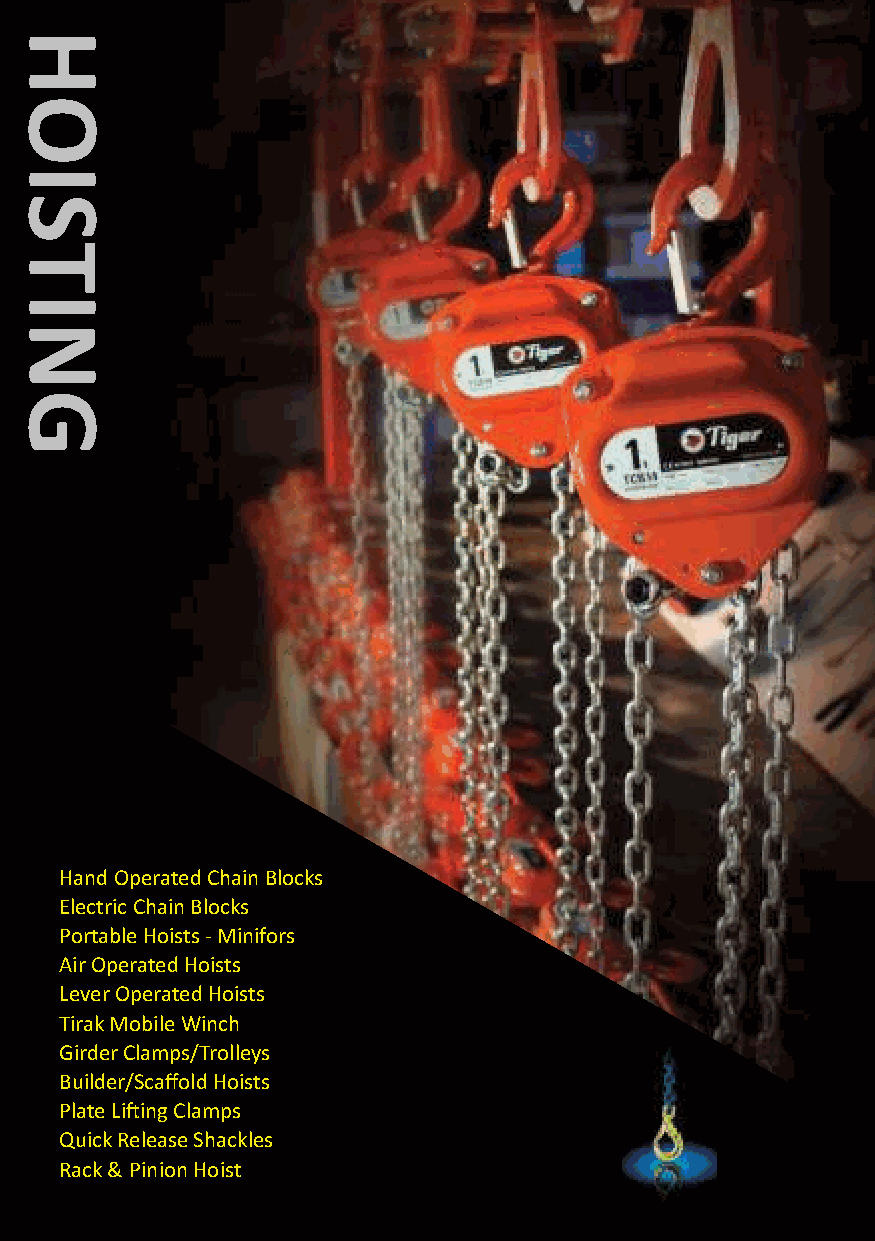
Hand Operated Chain Blocks
 Electric Chain Blocks
 Portable Hoists - Minifors
 Air Operated Hoists
 Lever Operated Hoists
 Tirak Mobile Winch
 Girder Clamps/Trolleys
 Builder/Scaffold Hoists
 Plate Lifting Clamps
 Quick Release Shackles
 Rack & Pinion Hoist
 HOISTING